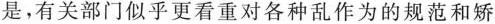
是，有关部门似乎更看重对各种乱作为的规范和矫